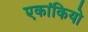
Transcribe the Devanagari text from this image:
एकांकियो